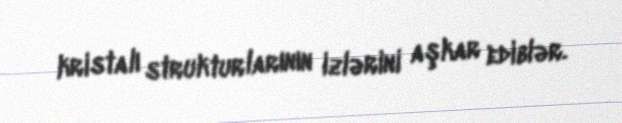
kristalı strukturlarının izlərini aşkar ediblər.